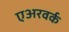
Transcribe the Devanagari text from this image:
एअरवर्क